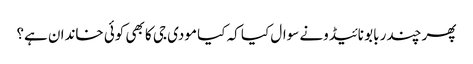
پھر چندر بابو نائیڈونے سوال کیا کہ کیا مودی جی کا بھی کوئی خاندان ہے؟